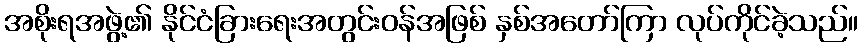
အစိုးရအဖွဲ့၏ နိုင်ငံခြားရေးအတွင်းဝန်အဖြစ် နှစ်အတော်ကြာ လုပ်ကိုင်ခဲ့သည်။